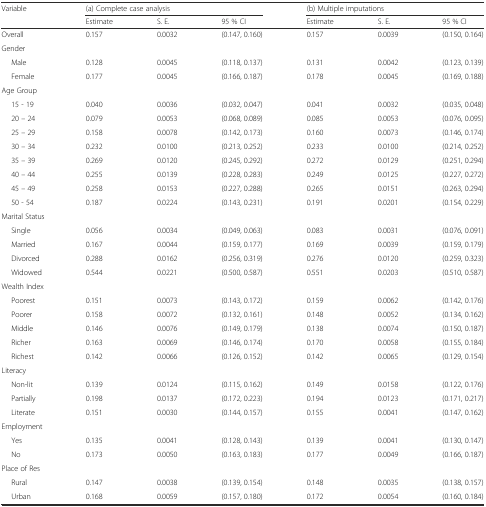
<table><thead><tr><td rowspan="2"><b>Variable</b></td><td colspan="3"><b>(a) Complete case analysis</b></td><td colspan="3"><b>(b) Multiple imputations</b></td></tr><tr><td><b>Estimate</b></td><td><b>S. E.</b></td><td><b>95 % CI</b></td><td><b>Estimate</b></td><td><b>S. E.</b></td><td><b>95 % CI</b></td></tr></thead><tbody><tr><td>Overall</td><td>0.157</td><td>0.0032</td><td>(0.147, 0.160)</td><td>0.157</td><td>0.0039</td><td>(0.150, 0.164)</td></tr><tr><td>Gender</td><td></td><td></td><td></td><td></td><td></td><td></td></tr><tr><td>Male</td><td>0.128</td><td>0.0045</td><td>(0.118, 0.137)</td><td>0.131</td><td>0.0042</td><td>(0.123, 0.139)</td></tr><tr><td>Female</td><td>0.177</td><td>0.0045</td><td>(0.166, 0.187)</td><td>0.178</td><td>0.0045</td><td>(0.169, 0.188)</td></tr><tr><td colspan="7">Age Group</td></tr><tr><td>15 - 19</td><td>0.040</td><td>0.0036</td><td>(0.032, 0.047)</td><td>0.041</td><td>0.0032</td><td>(0.035, 0.048)</td></tr><tr><td>20 – 24</td><td>0.079</td><td>0.0053</td><td>(0.068, 0.089)</td><td>0.085</td><td>0.0053</td><td>(0.076, 0.095)</td></tr><tr><td>25 – 29</td><td>0.158</td><td>0.0078</td><td>(0.142, 0.173)</td><td>0.160</td><td>0.0073</td><td>(0.146, 0.174)</td></tr><tr><td>30 – 34</td><td>0.232</td><td>0.0100</td><td>(0.213, 0.252)</td><td>0.233</td><td>0.0100</td><td>(0.214, 0.252)</td></tr><tr><td>35 – 39</td><td>0.269</td><td>0.0120</td><td>(0.245, 0.292)</td><td>0.272</td><td>0.0129</td><td>(0.251, 0.294)</td></tr><tr><td>40 – 44</td><td>0.255</td><td>0.0139</td><td>(0.228, 0.283)</td><td>0.249</td><td>0.0125</td><td>(0.227, 0.272)</td></tr><tr><td>45 – 49</td><td>0.258</td><td>0.0153</td><td>(0.227, 0.288)</td><td>0.265</td><td>0.0151</td><td>(0.263, 0.294)</td></tr><tr><td>50 - 54</td><td>0.187</td><td>0.0224</td><td>(0.143, 0.231)</td><td>0.191</td><td>0.0201</td><td>(0.154, 0.229)</td></tr><tr><td colspan="7">Marital Status</td></tr><tr><td>Single</td><td>0.056</td><td>0.0034</td><td>(0.049, 0.063)</td><td>0.083</td><td>0.0031</td><td>(0.076, 0.091)</td></tr><tr><td>Married</td><td>0.167</td><td>0.0044</td><td>(0.159, 0.177)</td><td>0.169</td><td>0.0039</td><td>(0.159, 0.179)</td></tr><tr><td>Divorced</td><td>0.288</td><td>0.0162</td><td>(0.256, 0.319)</td><td>0.276</td><td>0.0120</td><td>(0.259, 0.323)</td></tr><tr><td>Widowed</td><td>0.544</td><td>0.0221</td><td>(0.500, 0.587)</td><td>0.551</td><td>0.0203</td><td>(0.510, 0.587)</td></tr><tr><td colspan="7">Wealth Index</td></tr><tr><td>Poorest</td><td>0.151</td><td>0.0073</td><td>(0.143, 0.172)</td><td>0.159</td><td>0.0062</td><td>(0.142, 0.176)</td></tr><tr><td>Poorer</td><td>0.158</td><td>0.0072</td><td>(0.132, 0.161)</td><td>0.148</td><td>0.0052</td><td>(0.134, 0.162)</td></tr><tr><td>Middle</td><td>0.146</td><td>0.0076</td><td>(0.149, 0.179)</td><td>0.138</td><td>0.0074</td><td>(0.150, 0.187)</td></tr><tr><td>Richer</td><td>0.163</td><td>0.0069</td><td>(0.146, 0.174)</td><td>0.170</td><td>0.0058</td><td>(0.155, 0.184)</td></tr><tr><td>Richest</td><td>0.142</td><td>0.0066</td><td>(0.126, 0.152)</td><td>0.142</td><td>0.0065</td><td>(0.129, 0.154)</td></tr><tr><td colspan="7">Literacy</td></tr><tr><td>Non-lit</td><td>0.139</td><td>0.0124</td><td>(0.115, 0.162)</td><td>0.149</td><td>0.0158</td><td>(0.122, 0.176)</td></tr><tr><td>Partially</td><td>0.198</td><td>0.0137</td><td>(0.172, 0.223)</td><td>0.194</td><td>0.0123</td><td>(0.171, 0.217)</td></tr><tr><td>Literate</td><td>0.151</td><td>0.0030</td><td>(0.144, 0.157)</td><td>0.155</td><td>0.0041</td><td>(0.147, 0.162)</td></tr><tr><td colspan="7">Employment</td></tr><tr><td>Yes</td><td>0.135</td><td>0.0041</td><td>(0.128, 0.143)</td><td>0.139</td><td>0.0041</td><td>(0.130, 0.147)</td></tr><tr><td>No</td><td>0.173</td><td>0.0050</td><td>(0.163, 0.183)</td><td>0.177</td><td>0.0049</td><td>(0.166, 0.187)</td></tr><tr><td colspan="7">Place of Res</td></tr><tr><td>Rural</td><td>0.147</td><td>0.0038</td><td>(0.139, 0.154)</td><td>0.148</td><td>0.0035</td><td>(0.138, 0.157)</td></tr><tr><td>Urban</td><td>0.168</td><td>0.0059</td><td>(0.157, 0.180)</td><td>0.172</td><td>0.0054</td><td>(0.160, 0.184)</td></tr></tbody></table>